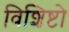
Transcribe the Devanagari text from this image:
विशिष्टो